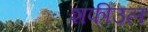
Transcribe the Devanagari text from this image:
शफीउल